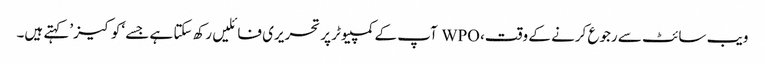
ویب سائٹ سے رجوع کرنے کے وقت، WPO آپ کے کمپیوٹر پر تحریری فائلیں رکھ سکتا ہے جسے ‘کوکیز’ کہتے ہیں۔